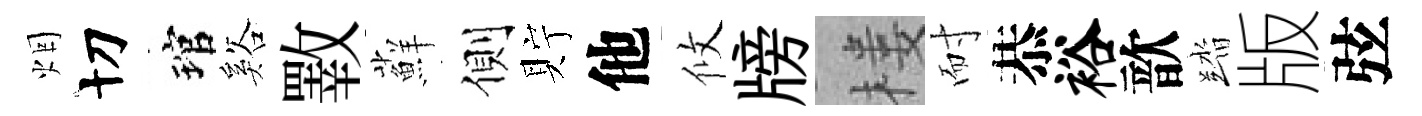
烟切琯谿斁蘚側貯他攸牓楼耐恭裕歆踏版弦